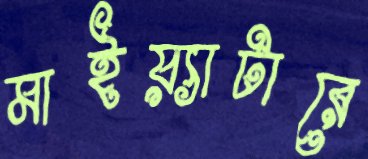
মাইয়্যাটারে